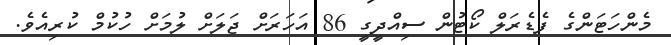
މެންހަޓަންގެ ފެޑެރަލް ކޯޓުން ސިއްދީގީ 86 އަހަރަށް ޖަލަށް ލުމަށް ހުކުމް ކުރިއެވެ.